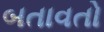
બતાવતો